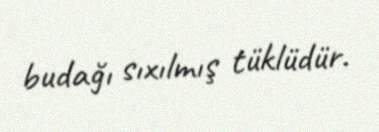
budağı sıxılmış tüklüdür.